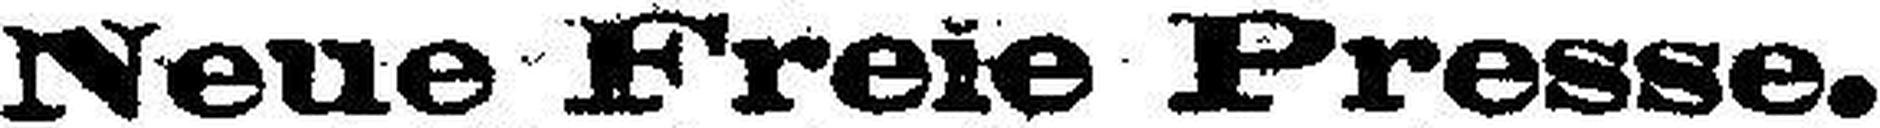
Neue Freie Presse.